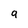
Character: q